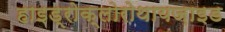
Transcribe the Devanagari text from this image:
हाइड्रोक्लोरोथायज़ाइड